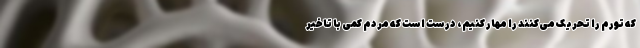
که تورم را تحریک می‌کنند را مهار کنیم، درست است که مردم کمی با تاخیر